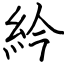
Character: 紟